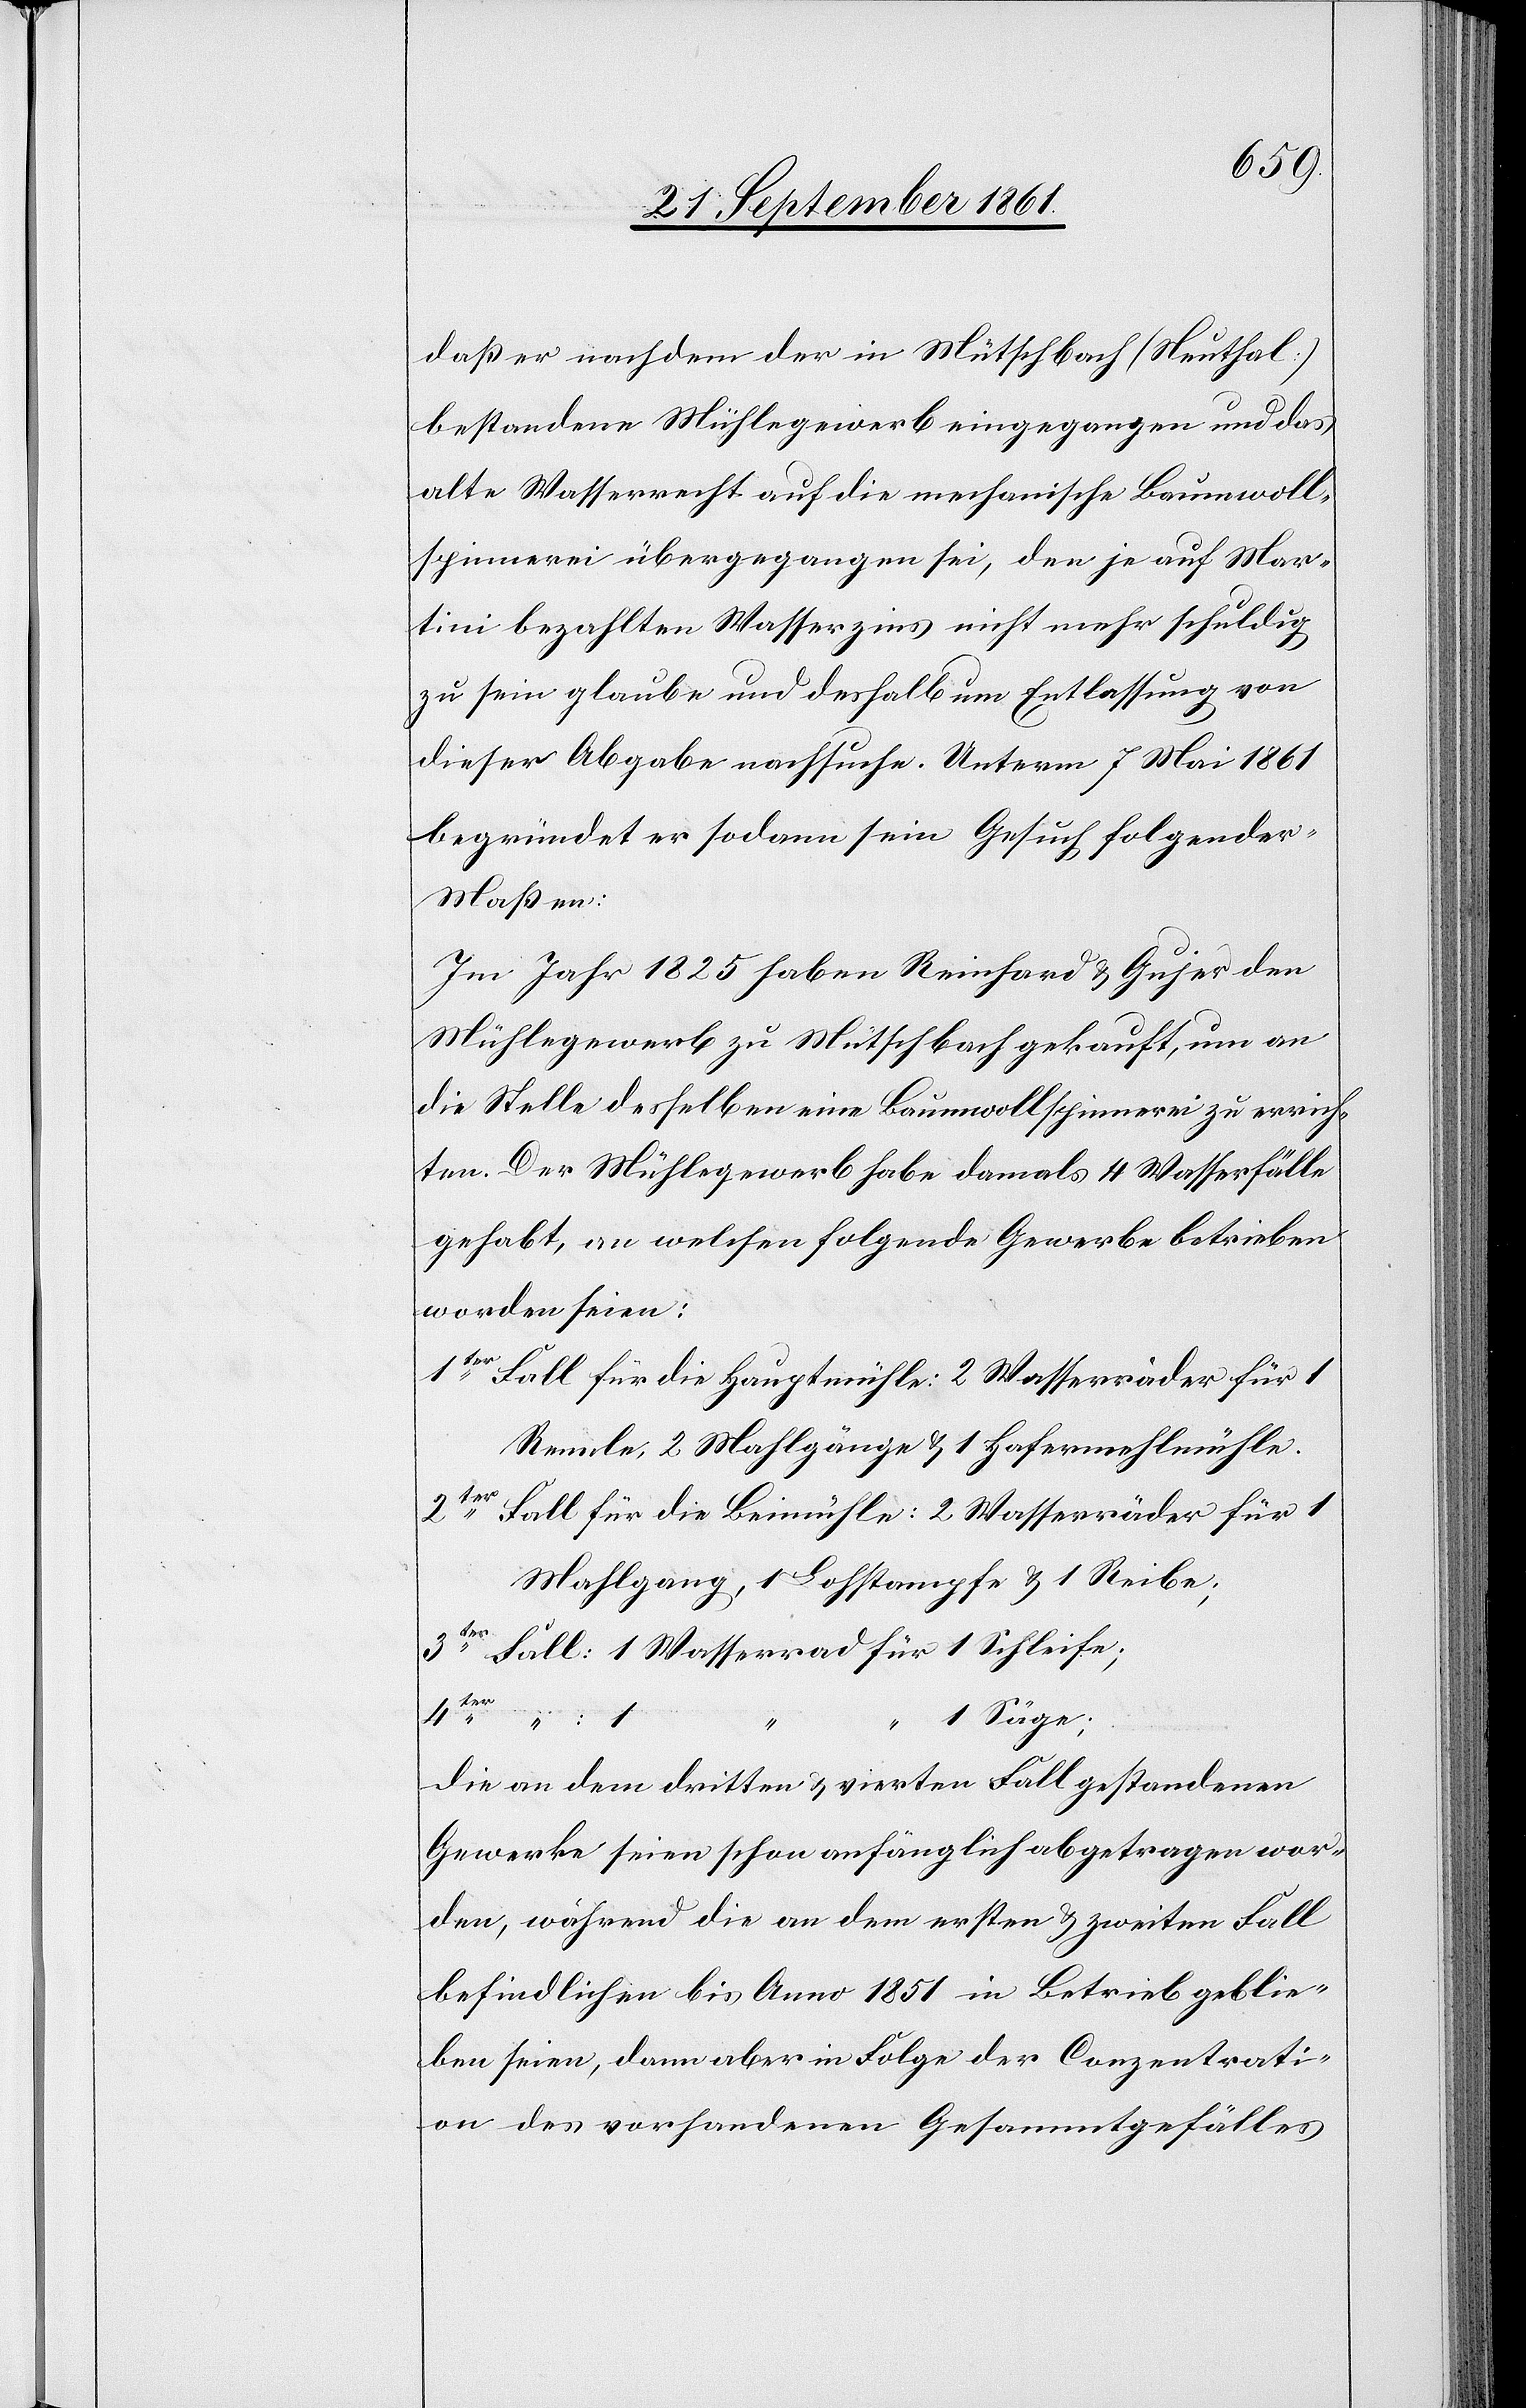
daß er nachdem der in Mütschbach (Neuthal)
bestandene Mühlegewerb eingegangen und das
alte Wasserrecht auf die mechanische Baumwoll¬
spinnerei übergegangen sei, den je auf Mar¬
tini bezahlten Wasserzins nicht mehr schuldig
zu sein glaube und deshalb um Entlassung von
dieser Abgabe nachsuche. Unterm 7 Mai 1861
begründet er sodann sein Gesuch folgender
Maßen:
Im Jahr 1825 haben Reinhard u. Gujer den
Mühlegewerb zu Mütschbach gekauft, um an
die Stelle desselben eine Baumwollenspinnerei zu errich¬
ten. Der Mühlegewerb habe damals 4 Wasserfälle
gehabt, an welchen folgende Gewerbe betrieben
worden seien:
1ter Fall für die Hauptmühle: 2 Wasserräder für 1
Rennle, 2 Mahlgänge u. 1 Hafermehlmühle.
2ter Fall für die Beimühle: 2 Wasserräder für 1
Mahlgang, 1 Lohstampfe u. 1 Reibe;
3ter Fall: 1 Wasserrad für 1 Schleife;
4ter
1 Säge;
die an dem dritten u. vierten Fall gestandenen
Gewerbe seien schon anfänglich abgetragen wor¬
den, während die an dem ersten u. zweiten Fall
befindlichen bis Anno 1851 in Betrieb geblie¬
ben seien, dann aber in Folge der Conzentrati¬
on des vorhandenen Gesammtgefälles